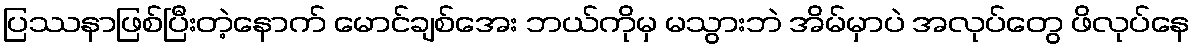
ပြဿနာဖြစ်ပြီးတဲ့နောက် မောင်ချစ်အေး ဘယ်ကိုမှ မသွားဘဲ အိမ်မှာပဲ အလုပ်တွေ ဖိလုပ်နေ